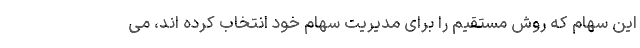
این سهام که روش مستقیم را برای مدیریت سهام خود انتخاب کرده اند، می